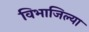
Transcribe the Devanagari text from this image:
विभाजिल्या